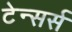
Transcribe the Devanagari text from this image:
टेन्सर्स